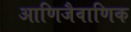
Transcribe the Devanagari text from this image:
आणिजैवाणिक